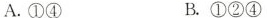
A.①④ B.①②④